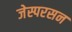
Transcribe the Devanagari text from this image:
जेस्परसन